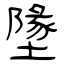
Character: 墬